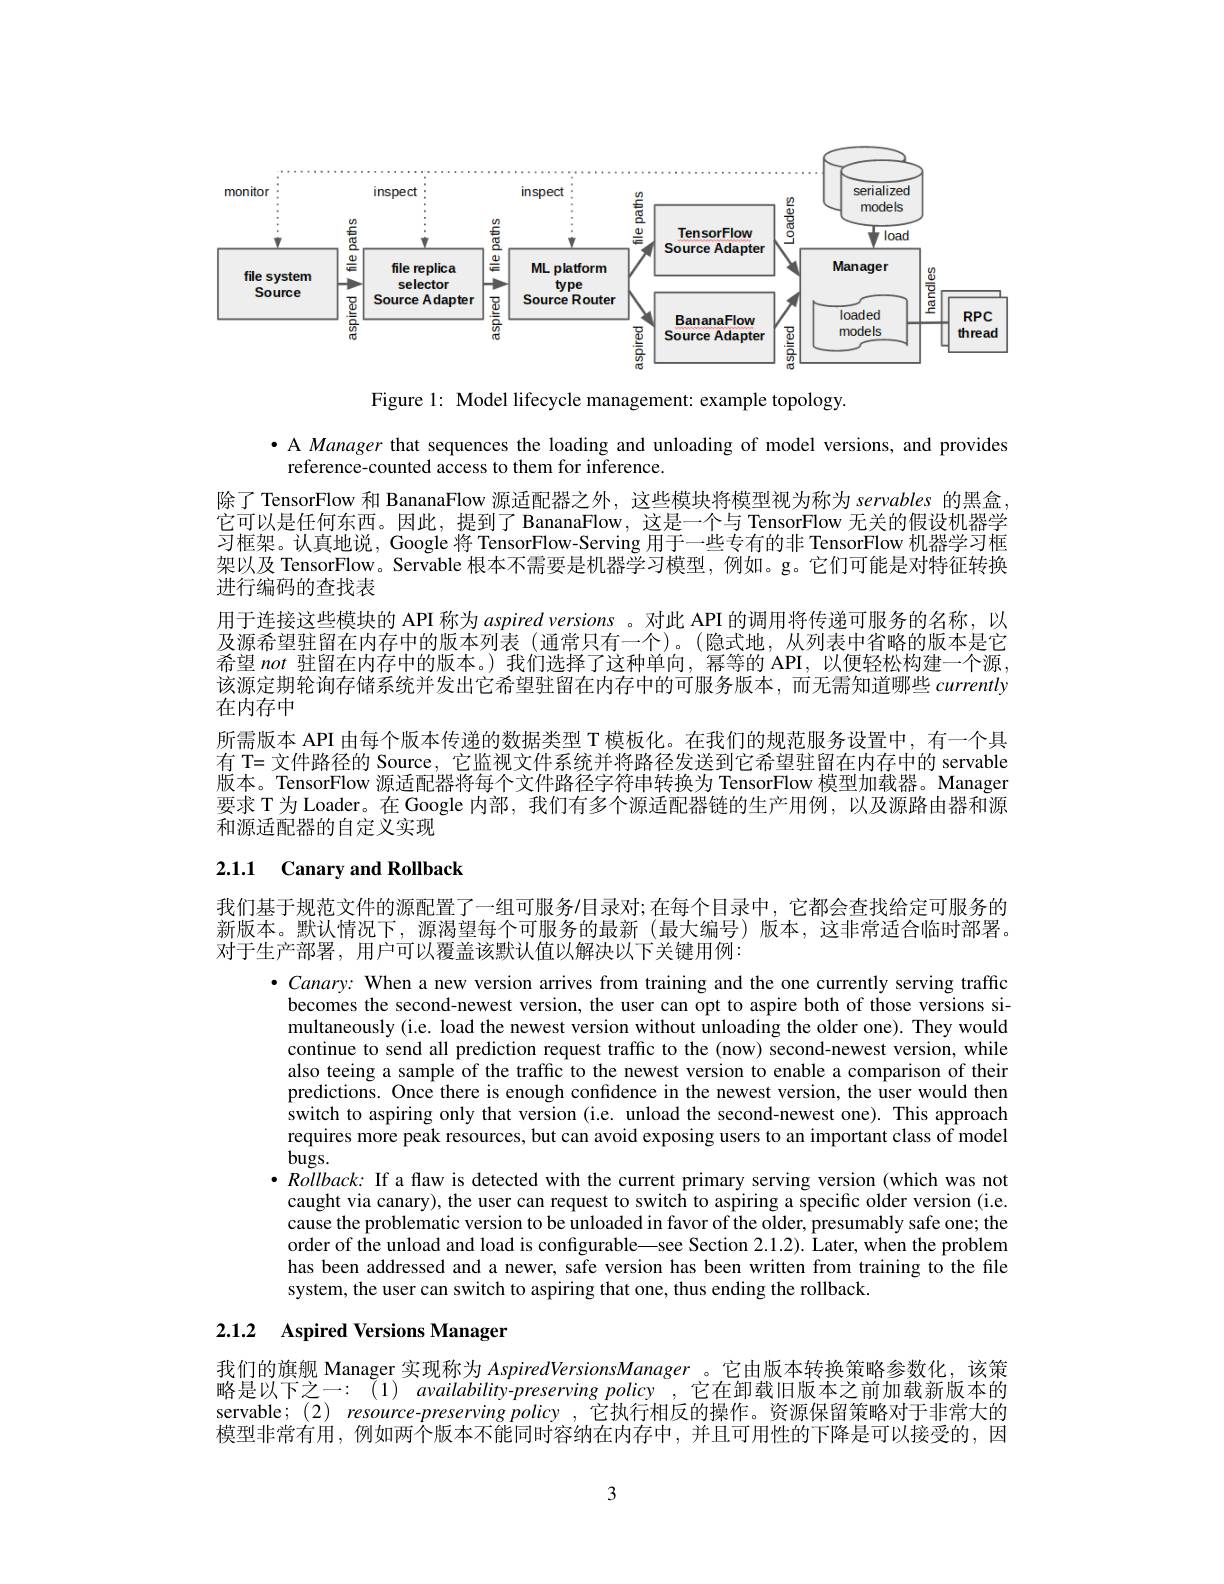
<FigureHere>

Figure 1: Model lifecycle management: example topology.

·A Manager that sequences the loading and unloading of model versions, and provides
reference-counted access to them for inference.
除了 TensorFlow 和 BananaFlow 源适配器之外，这些模块将模型视为称为 servables 的黑盒它可以是任何东西。因此，提到了 BananaFlow, 这是一个与 TensorFlow 无关的假设机器学习框架。认真地说，Google 将 TensorFlow-Serving 用于一些专有的非 TensorFlow 机器学习框架以及 TensorFlow。Servable 根本不需要是机器学习模型，例如。g。它们可能是对特征转换进行编码的查找表
用于连接这些模块的 API 称为aspired versions 。对此 API 的调用将传递可服务的名称，以及源希望驻留在内存中的版本列表(通常只有一个)。(隐式地，从列表中省略的版本是它希望not驻留在内存中的版本。)我们选择了这种单向，幂等的 API,以便轻松构建一个源， 该源定期轮询存储系统并发出它希望驻留在内存中的可服务版本，而无需知道哪些 currently 在内存中
所需版本 API 由每个版本传递的数据类型 T 模板化。在我们的规范服务设置中，有一个具有 T= 文件路径的 Source, 它监视文件系统并将路径发送到它希望驻留在内存中的 servable 版本。TensorFlow 源适配器将每个文件路径字符串转换为 TensorFlow 模型加载器。Manager 要求 T 为 Loader。在 Google 内部，我们有多个源适配器链的生产用例，以及源路由器和源和源适配器的自定义实现

# 2.1.1 Canary and Rollback

我们基于规范文件的源配置了一组可服务$\prime$目录对；在每个目录中，它都会查找给定可服务的新版本。默认情况下，源渴望每个可服务的最新(最大编号)版本，这非常适合临时部署。对于生产部署，用户可以覆盖该默认值以解决以下关键用例：

$\bullet$ Canary: When a new version arrives from training and the one currently serving traffic becomes the second-newest version, the user can opt to aspire both of those versions simultaneously (i.e. load the newest version without unloading the older one). They would continue to send all prediction request traffic to the (now) second-newest version, while also teeing a sample of the traffic to the newest version to enable a comparison of their predictions. Once there is enough confidence in the newest version, the user would then switch to aspiring only that version (i.e. unload the second-newest one). This approach requires more peak resources, but can avoid exposing users to an important class of model $bugs.$
$\bullet \textit{Rollback: If a flaw is detected with the current primary serving version ( which was not) }$
caught via canary), the user can request to switch to aspiring a specific older version (i.e. cause the problematic version to be unloaded in favor of the older, presumably safe one; the order of the unload and load is configurable—see Section 2.1.2). Later, when the problem has been addressed and a newer, safe version has been written from training to the file system, the user can switch to aspiring that one, thus ending the rollback.

# 2.1.2 Aspired Versions Manager

我们的旗舰 Manager 实现称为 AspiredVersionsManager 。它由版本转换策略参数化，该策略是以下之一：(1) availability-preserving policy ,它在卸载旧版本之前加载新版本的servable; (2) resource-preserving policy ,它执行相反的操作。资源保留策略对于非常大的模型非常有用，例如两个版本不能同时容纳在内存中，并且可用性的下降是可以接受的，因

3